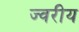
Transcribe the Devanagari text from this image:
ज्वरीय